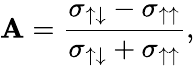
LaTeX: {\cal\mathbf{A}}=\displaystyle\frac{{\sigma_{\uparrow\downarrow}-\sigma_{\uparrow\uparrow}}}{{\sigma_{\uparrow\downarrow}+\sigma_{\uparrow\uparrow}}},